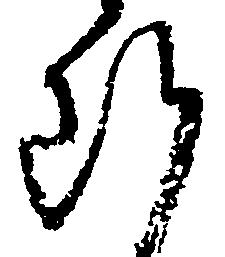
断